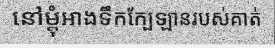
នៅម្តុំអាងទឹកក្បែឡានរបស់គាត់